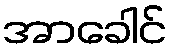
အာခေါင်